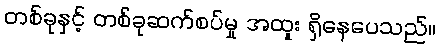
တစ်ခုနှင့် တစ်ခုဆက်စပ်မှု အထူး ရှိနေပေသည်။